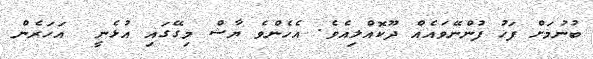
ބުނުމަށް ފަހު ފުންނޭވައެއް ދޫކޮއްލިއެވެ. އެހެންވެ ޔާޝް މިގޭގައި އުޅެނީ  އަހަރެން